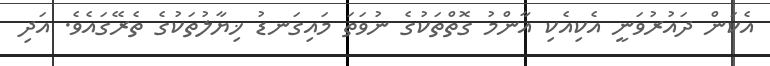
އެކަން ދައުރުވަނީ އެކިއެކި އާންމު ގޮތްތަކުގެ ނުވަތަ މައިގަނޑު ޚިޔާލުތަކުގެ ތެރޭގައެވެ. އަދި